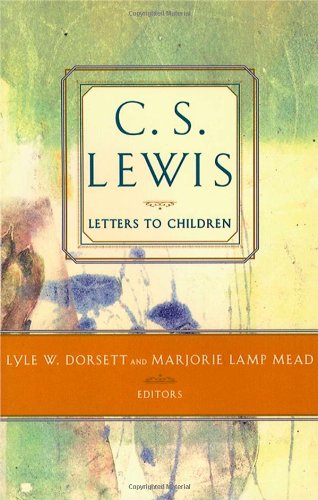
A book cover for C. S. Lewis' Letters to Children; Literature & Fiction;